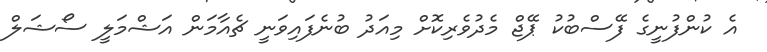
އެ ކުންފުނީގެ ފޭސްބުކު ޕޭޖް މެދުވެރިކޮށް މިއަދު ބުނެފައިވަނީ ޗެއާމަން އަޝްމަލީ ސޯޝަލް